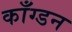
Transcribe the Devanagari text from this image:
काँग्डन